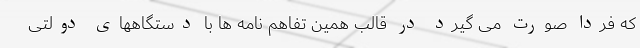
که فردا صورت می گیرد در قالب همین تفاهم نامه ها با دستگاههای دولتی